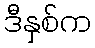
ဒီနှစ်က